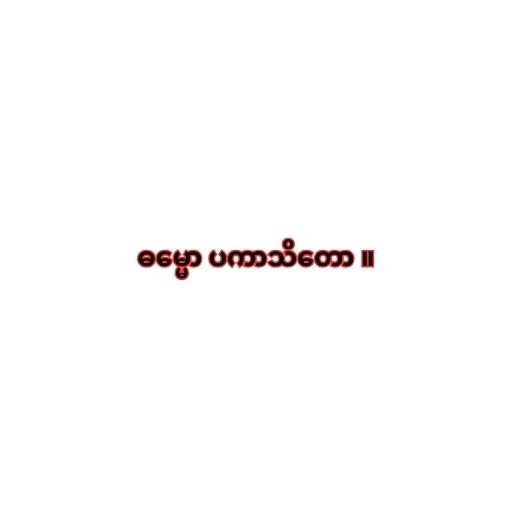
ဓမ္မော ပကာသိတော ။